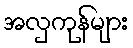
အလှကုန်များ